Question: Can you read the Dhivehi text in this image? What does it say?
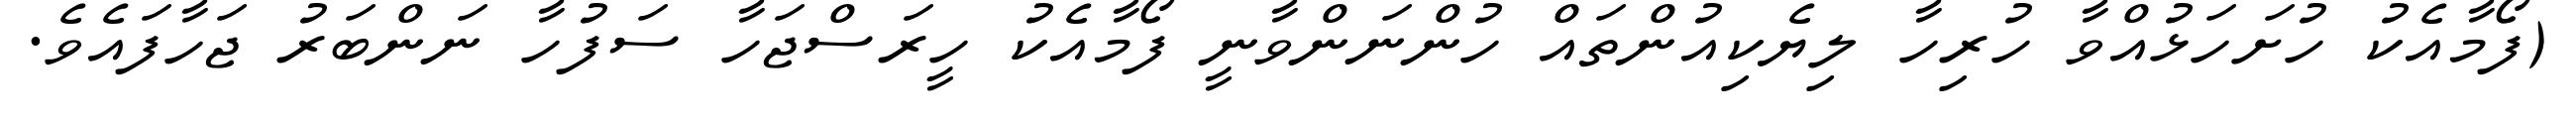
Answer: (ފޯމާއެކު ހުށަހަޅުއްވާ ހުރިހާ ލިޔެކިއުންތައް ހުންނަންވާނީ ފޯމާއެކު ހީރަސްޖަހާ ސަފުހާ ނަންބަރު ޖަހާފައެވެ.